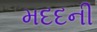
મદદની